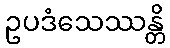
ဥပဒံသေဿန္တိ